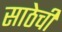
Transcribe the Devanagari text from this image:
साठेची